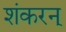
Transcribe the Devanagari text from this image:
शंकरन्